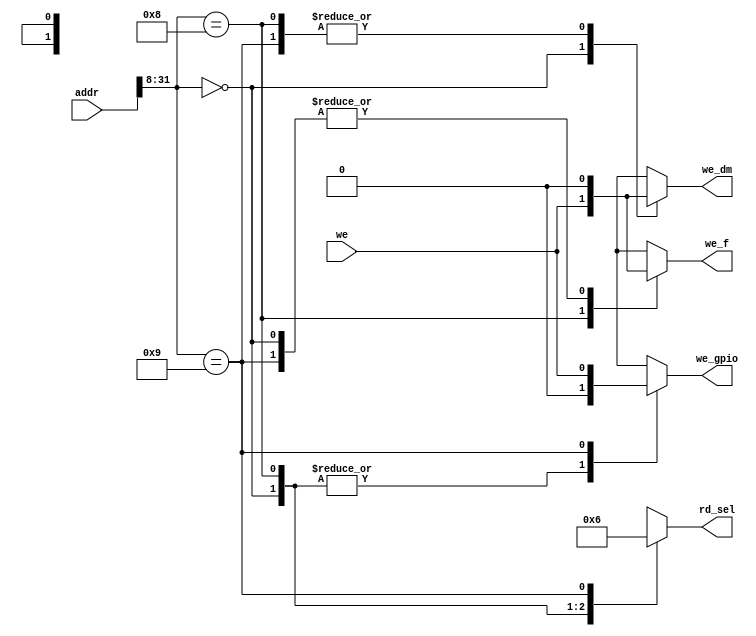
`timescale 1ns / 1ps

module addr_dec(input wire [31:0] addr, input wire we, output reg we_gpio, output reg we_f, output reg we_dm, output reg [1:0] rd_sel);
    always@(*)
    begin
        case(addr[31:8])
        24'h000000: begin we_gpio = 1'b0;  we_f = 1'b0;  we_dm =   we;  rd_sel = 2'b00; end
        24'h000008: begin we_gpio = 1'b0;  we_f =   we;  we_dm = 1'b0;  rd_sel = 2'b01; end
        24'h000009: begin we_gpio =   we;  we_f = 1'b0;  we_dm = 1'b0;  rd_sel = 2'b10; end
        default:    begin we_gpio = 1'bx;  we_f = 1'bx;  we_dm = 1'bx;  rd_sel = 2'bxx; end
        endcase
    end
endmodule